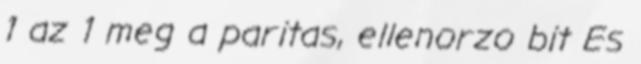
1 az 1 meg a paritas, ellenorzo bit Es